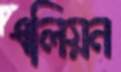
এলিয়ন